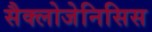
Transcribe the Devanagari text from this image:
सैक्लोजेनिसिस